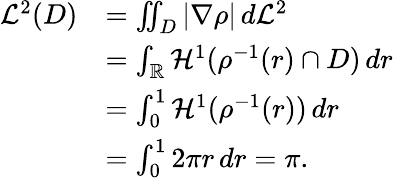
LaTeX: {\begin{array}{rl}{{\mathcal{L}}^{2}(D)}&{=\iint_{D}|\nabla\rho|\, d{\mathcal{L}}^{2}}\\ &{=\int_{\mathbb{R}}{\mathcal{H}}^{1}(\rho^{-1}(r)\cap D)\, dr}\\ &{=\int_{0}^{1}{\mathcal{H}}^{1}(\rho^{-1}(r))\, dr}\\ &{=\int_{0}^{1}2\pi r\, dr=\pi.}\end{array}}